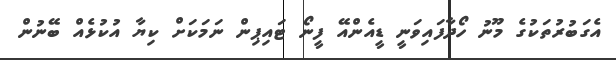
އެގަބުރުތަކުގެ މޫނު ހޯދާފައިވަނީ ޑީއެންއޭ ފީނޯ ޓައިޕިން ނަމަކަށް ކިޔާ އުކުޅެއް ބޭނުން